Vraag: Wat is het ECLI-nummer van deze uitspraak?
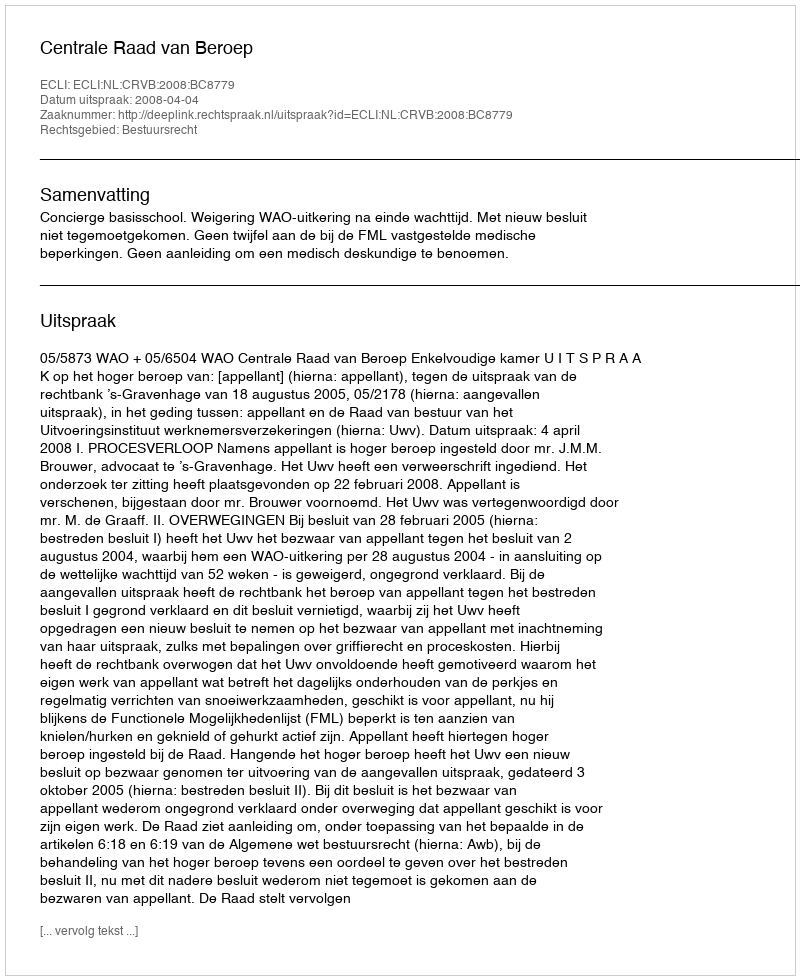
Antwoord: ECLI:NL:CRVB:2008:BC8779